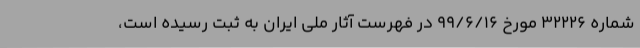
شماره ۳۲۲۲۶ مورخ ۹۹/۶/۱۶ در فهرست آثار ملی ایران به ثبت رسیده است،